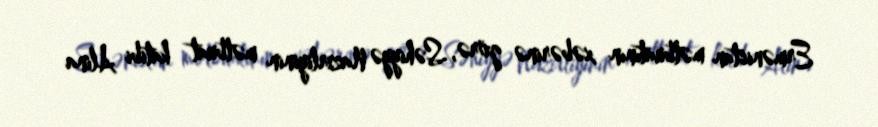
Ermənistan mətbuatının xəbərinə görə, Səhiyyə Nazirliyinin mətbuat katibi Alina